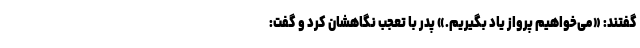
گفتند: «می‌خواهیم پرواز یاد بگیریم.» پدر با تعجّب نگاهشان کرد و گفت: